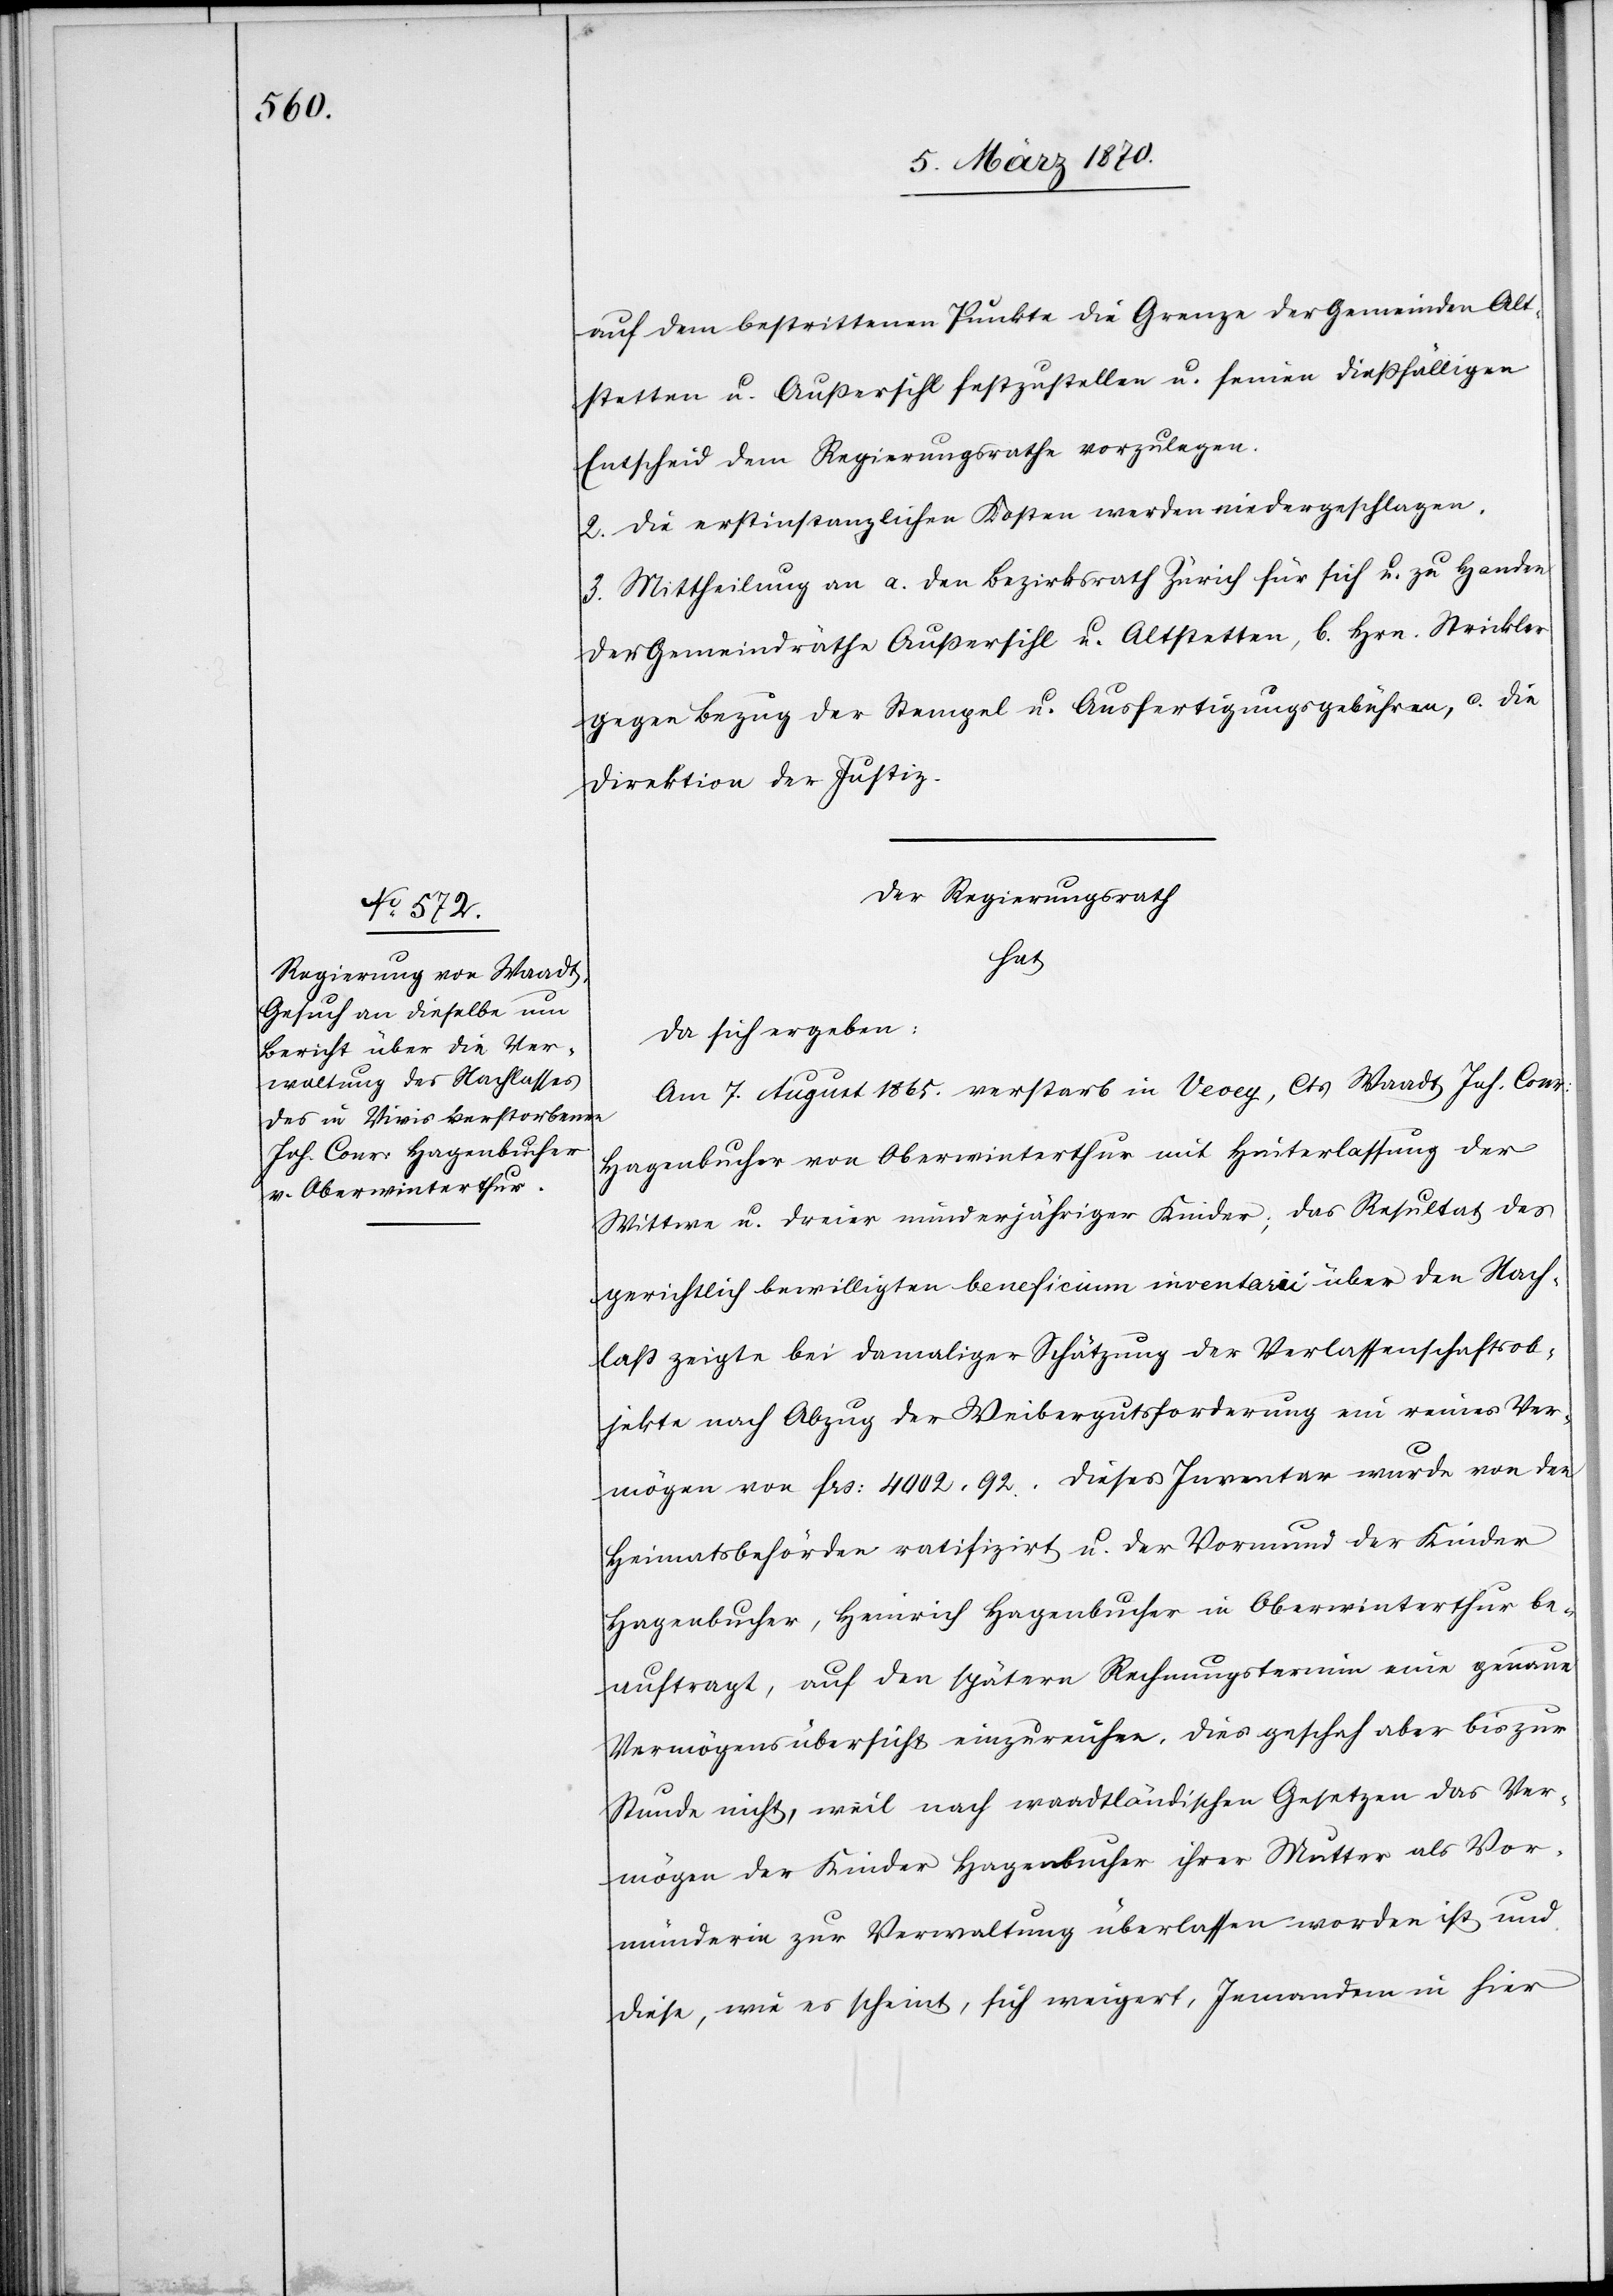
auf dem bestrittenen Punkte die Grenze der Gemeinden Alt¬
stetten u. Außersihl festzustellen u. seinen dießfälligen
Entscheid dem Regierungsrathe vorzulegen.
2. Die erstinstanzlichen Kosten werden niedergeschlagen.
3. Mittheilung an a. den Bezirksrath Zürich für sich u. zu Handen
der Gemeindräthe Außersihl u. Altstetten, b. Hrn. Strickler
gegen Bezug der Stempel[-] u. Ausfertigungsgebühren, c. die
Direktion der Justiz.
Der Regierungsrath
hat
da sich ergeben:
Am 7. August 1865. verstarb in Vevey, Cts Waadt Joh. Conr:
Hagenbucher von Oberwinterthur mit Hinterlassung der
Wittwe u. dreier minderjähriger Kinder; das Resultat des
gerichtlich bewilligten beneficium inventarii über den Nach¬
laß zeigte bei damaliger Schätzung der Verlassenschaftsob¬
jekte nach Abzug der Weibergutsforderung ein reines Ver¬
mögen von frs: 4002,92. Dieses Inventar wurde von den
Heimatsbehörden ratifizirt u. der Vormund der Kinder
Hagenbucher, Heinrich Hagenbucher in Oberwinterthur be¬
auftragt, auf den spätern Rechnungstermin eine genaue
Vermögensübersicht einzureichen. Dies geschah aber bis zur
Stunde nicht, weil nach waadtländischen Gesetzen das Ver¬
mögen der Kinder Hagenbucher ihrer Mutter als Vor¬
münderin zur Verwaltung überlassen worden ist und
diese, wie es scheint, sich weigert, Jemandem in hier